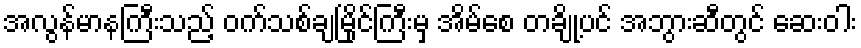
အလွန်မာနကြီးသည့် ဝက်သစ်ချမြိုင်ကြီးမှ အိမ်စေ တချို့ပင် အဘွားဆီတွင် ဆေးဝါး